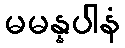
မမန္နပါနံ